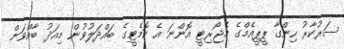
ސަރުކާރު ހިންގާ ޕީޕީއެމްގެ މެޖޯރިޓީ އޮންނަ އެ ކޮމެޓީގެ ބައްދަލުވުން މިއަދު ބާއްވަން